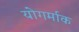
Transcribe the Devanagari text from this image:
योगर्माक